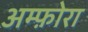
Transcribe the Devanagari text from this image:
अम्फ़ोरा